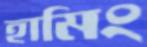
হামিং